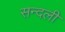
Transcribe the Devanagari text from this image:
सन्दली